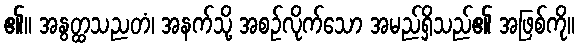
၏။ အနွတ္ထသညတံ၊ အနက်သို့ အစဉ်လိုက်သော အမည်ရှိသည်၏ အဖြစ်ကို။